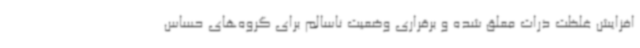
افزایش غلظت ذرات معلق شده و برقراری وضعیت ناسالم برای گروه‌های حساس